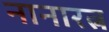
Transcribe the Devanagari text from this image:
नानारत्न